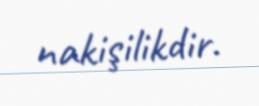
nakişilikdir.